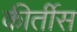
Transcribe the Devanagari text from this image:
कीर्तीस